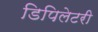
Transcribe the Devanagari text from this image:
डिपिलेटरी